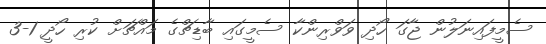
ސެމީފައިނަލުން ޖާގަ ހޯދި ވަވްރިންކާ ސެމީގައި ބާޑިޗްގެ މައްޗަށް ކުރި ހޯދީ 1-3